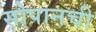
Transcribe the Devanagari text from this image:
सोपानची